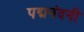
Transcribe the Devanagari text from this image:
पद्मनंदनी